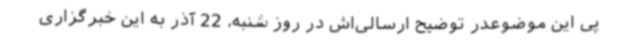
پی این موضوعدر توضیح ارسالی‌اش در روز شنبه، 22 آذر به این خبرگزاری